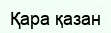
Қара қазан